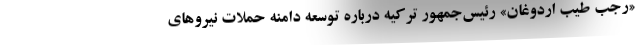
«رجب طیب اردوغان» رئیس‌جمهور ترکیه درباره توسعه دامنه حملات نیروهای